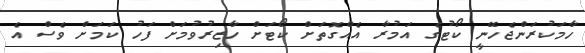
ހާމަކުރަންޖެހޭނީ ކޯޓުގެ އަމުރާ އެއްގޮތަށް ކޯޓަށް ހާޒިރުވުމަށް ފަހު ކަމަށް ވެސް އެ